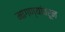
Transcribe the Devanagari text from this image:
मागण्यांवरून